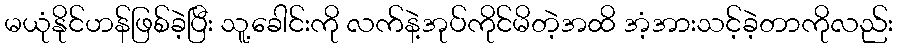
မယုံနိုင်ဟန်ဖြစ်ခဲ့ပြီး သူ့ခေါင်းကို လက်နဲ့အုပ်ကိုင်မိတဲ့အထိ အံ့အားသင့်ခဲ့တာကိုလည်း